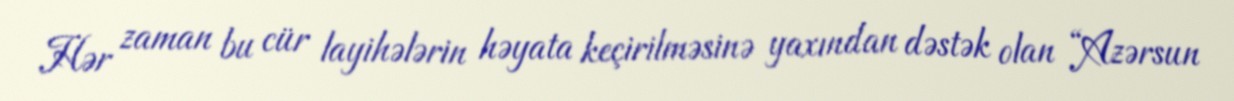
Hər zaman bu cür layihələrin həyata keçirilməsinə yaxından dəstək olan “Azərsun